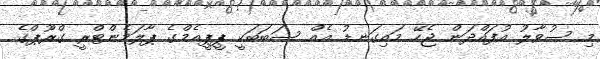
މި ސުވާލު އުފައްދަން ޖެހޭ މައިގަނޑު އެެއް ސަބަބަކީ ޕީޕީއެމްގެ ޕާލަމެންޓްރީ ގްރޫޕްގެ